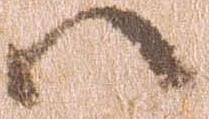
ハ